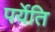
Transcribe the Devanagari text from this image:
पर्येति